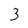
Character: 3